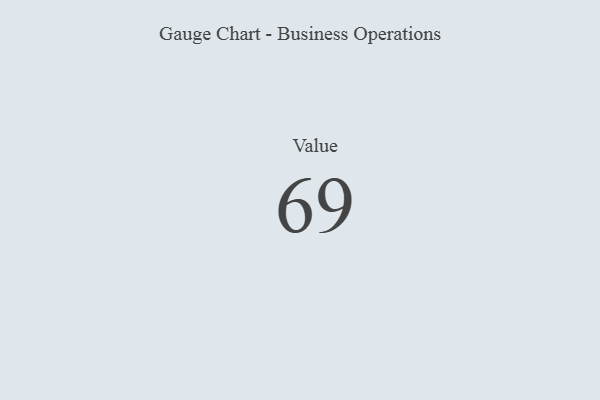
{"axis": {"x": "Metric", "y": "Value"}, "legend": [""], "data": [{"x": "Value", "y": 69, "type": ""}]}